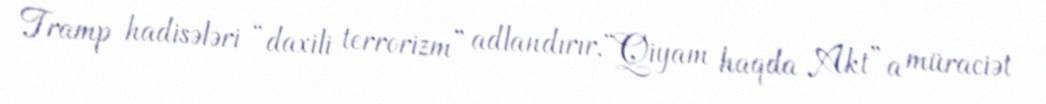
Tramp hadisələri “daxili terrorizm” adlandırır, “Qiyam haqda Akt”a müraciət